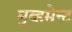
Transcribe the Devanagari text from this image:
मुव्हमेन्ट